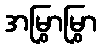
အမြွှာမြွှာ